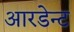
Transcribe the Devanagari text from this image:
आरडेन्ट